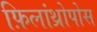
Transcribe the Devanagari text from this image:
फ़िलांथ्रोपोस